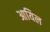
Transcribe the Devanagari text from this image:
आयिल